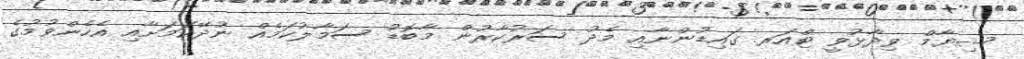
ޝިޔާމް ވިދާޅުވީ ޓްއަރ ގައިޑުންނާއި މެދު ސަރުކާރުން މާބޮޑު ސަމާލުކަމެއް ނުދޭކަމަށާއި އެހެންވުމުގެ